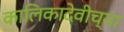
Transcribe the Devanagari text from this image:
कालिकादेवीच्या